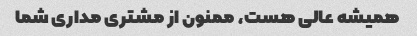
همیشه عالی هست، ممنون از مشتری مداری شما